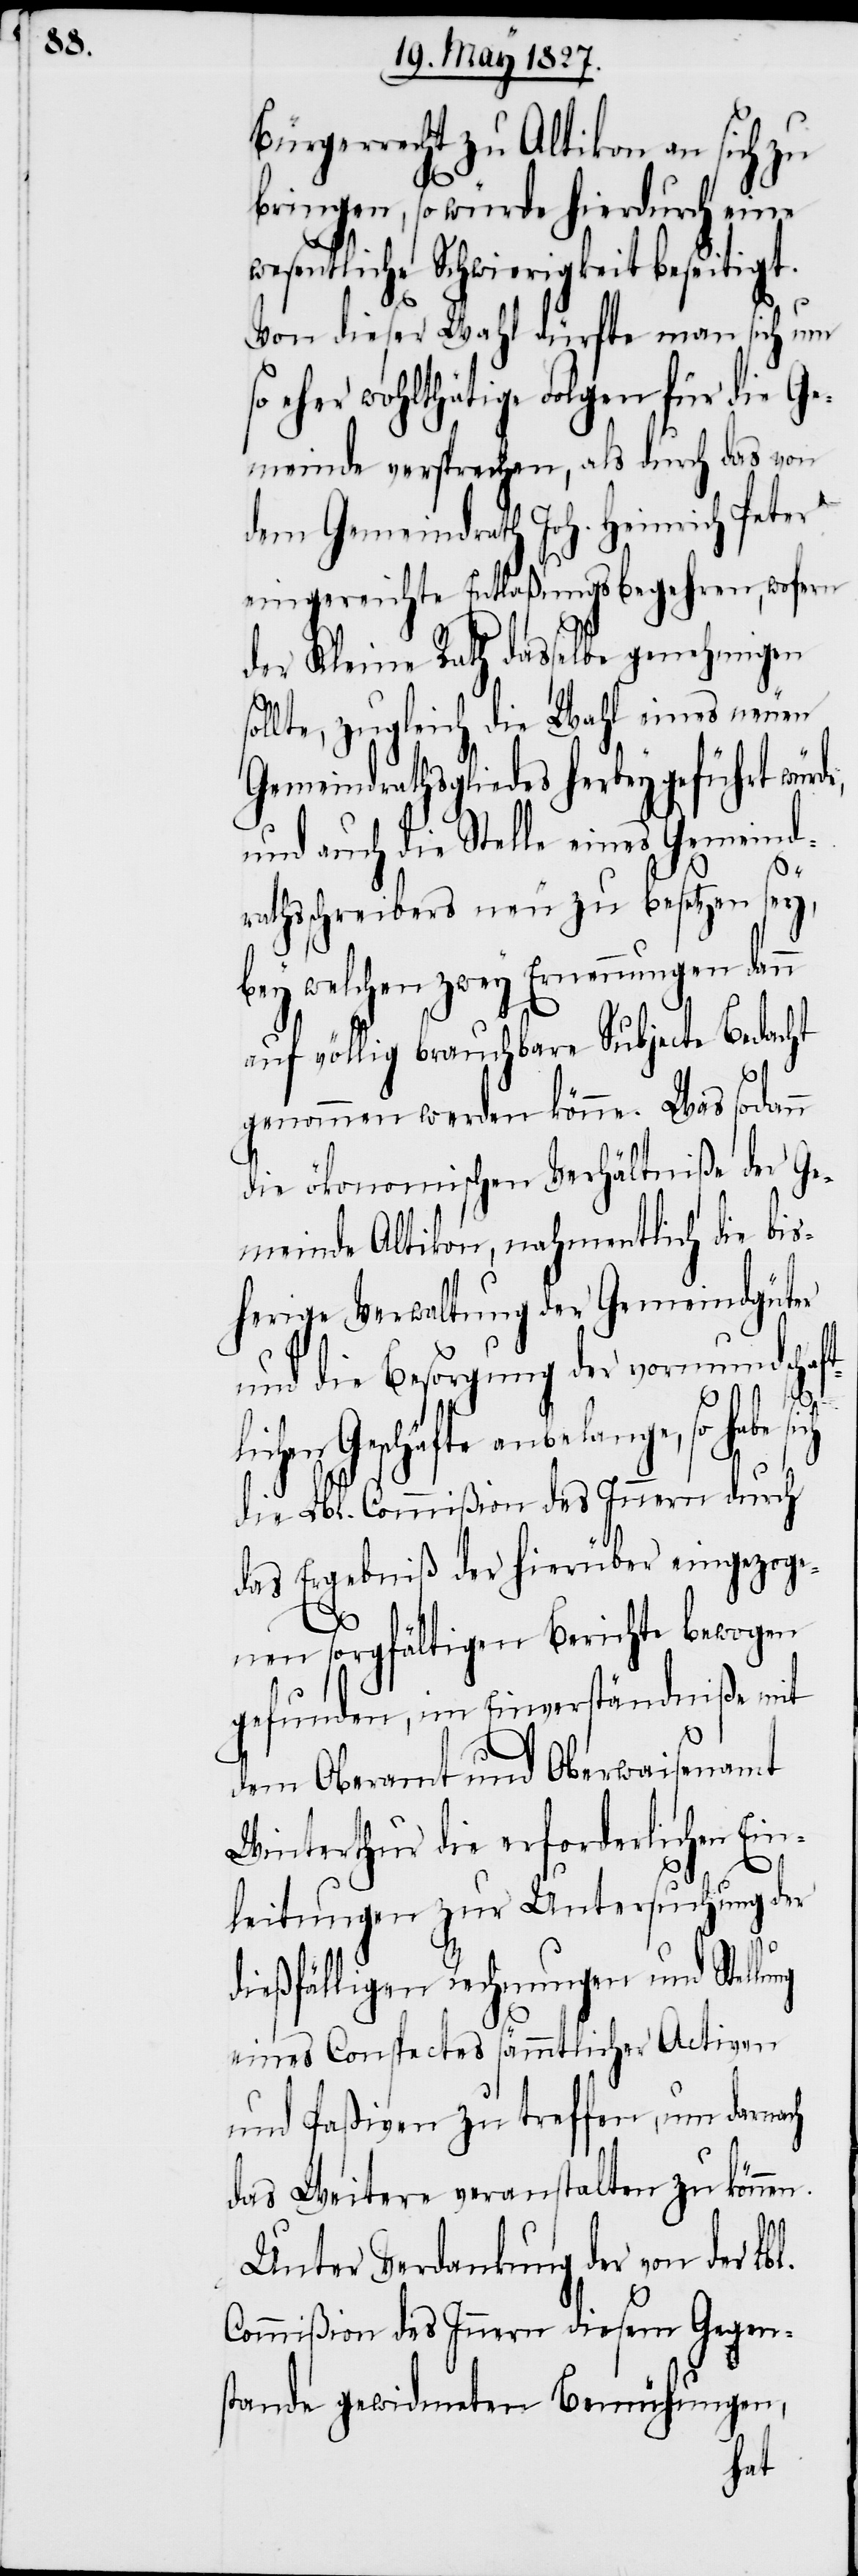
Bürgerrecht zu Altikon an sich zu
bringen, so würde hierdurch eine
wesentliche Schwierigkeit beseitigt.
Von dieser Wahl dürfte man sich um
so eher wohlthätige Folgen für die Ge¬
meinde versprechen, als durch das von
dem Gemeindrath Joh. Heinrich Peter
eingereichte Entlaßungsbegehren, wofern
der Kleine Rath dasselbe genehmigen
ollte, zugleich die Wahl eines neuen
Gemeindrathsgliedes herbeygeführt wür¬
und auch die Stelle eines Gemeind¬
rathsschreibers neu zu besetzen sey,
bey welchen zwey Ernennungen dann
auf völlig brauchbare Subjecte Bedacht
genommen werden könne. Was sodann
die ökonomischen Verhältniße der Ge¬
meinde Altikon, nahmentlich die bis¬
herige Verwaltung der Gemeindgüter
und die Besorgung der vormundschaf¬
ung
tl¬
ichen Geschäfte anbelange, so habe
die Lbl. Commißion des Innern durch
das Ergebniß der hierüber eingezoge¬
nen sorgfältigen Berichte bewogen
gefunden, im Einverständniße mit
dem Oberamt und Oberwaisenamt
Winterthur die erforderlichen Ein¬
de,
leitungen zur Untersuchung der
dießfälligen Rechnungen und Stell¬
eines Conspectes sämmtlicher Activen
und Paßiven zu treffen, um darnach
das Weitere veranstalten zu können.
Unter Verdankung der von der Lbl.
Commißion des Innern diesem Gegens¬
tande gewidmeten Bemühungen,